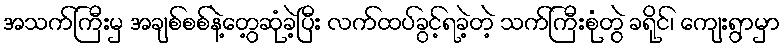
အသက်ကြီးမှ အချစ်စစ်နဲ့တွေ့ဆုံခဲ့ပြီး လက်ထပ်ခွင့်ရခဲ့တဲ့ သက်ကြီးစုံတွဲ ခရိုင်၊ ကျေးရွာမှာ